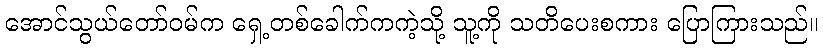
အောင်သွယ်တော်ဝမ်က ရှေ့တစ်ခေါက်ကကဲ့သို့ သူ့ကို သတိပေးစကား ပြောကြားသည်။